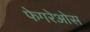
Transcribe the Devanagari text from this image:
फेगरेओस